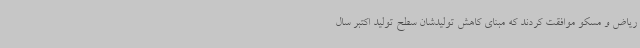
ریاض و مسکو موافقت کردند که مبنای کاهش تولیدشان سطح تولید اکتبر سال